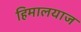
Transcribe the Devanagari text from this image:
हिमालयाज